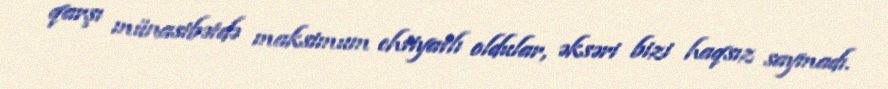
qarşı münasibətdə maksimum ehtiyatlı oldular, əksəri bizi haqsız saymadı.